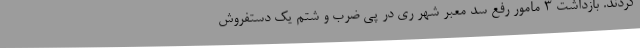
کردند. بازداشت ۳ مامور رفع سد معبر شهر ری در پی ضرب و شتم یک دستفروش